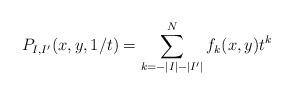
LaTeX: \begin{align*} P_{I, I'}(x, y, 1/t) = \sum_{k = -|I| - |I'|}^N f_k(x, y)t^k \end{align*}